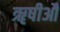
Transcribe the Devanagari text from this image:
ॠषीऔ